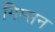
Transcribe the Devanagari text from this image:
गिम्सन